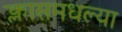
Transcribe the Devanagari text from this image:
क्लासमधल्या